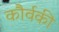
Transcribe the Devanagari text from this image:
कौर्वकी